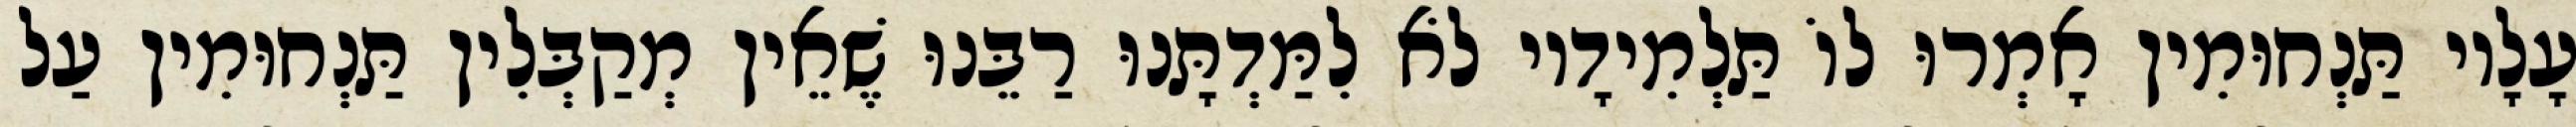
עָלָיו תַּנְחוּמִין אָמְרוּ לוֹ תַּלְמִידָיו לֹא לִמַּדְתָּנוּ רַבֵּנוּ שֶׁאֵין מְקַבְּלִין תַּנְחוּמִין עַל